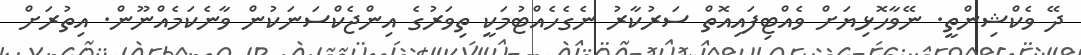
ދޭ ވެކްޝިންތީ. ނޭވާހޮޅިޔަށް ވެއްޓިފައިއޮތް ސަރުކާރު ނެގެހެއްޓުމަކީ ތިވަރުގެ އިންޖެކްސަނަކުން ވާނެކަމެއްނޫން. އިތުރަށް